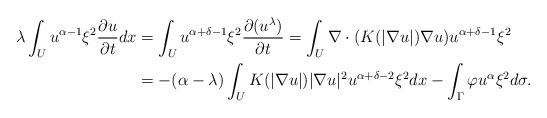
LaTeX: \begin{align*}\lambda\int_U u^{\alpha-1}\xi^2\frac{\partial u}{\partial t}dx&=\int_U u^{\alpha+\delta-1}\xi^2\frac{\partial (u^{\lambda})}{\partial t}=\int_U \nabla \cdot (K (|\nabla u|)\nabla u )u^{\alpha+\delta-1}\xi^2\\&=-(\alpha-\lambda)\int_U K (|\nabla u|)|\nabla u|^2u^{\alpha+\delta-2}\xi^2dx -\int_\Gamma \varphi u^\alpha \xi^2 d\sigma .\end{align*}